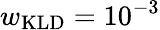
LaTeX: w_{\mathrm{KLD}}=10^{-3}